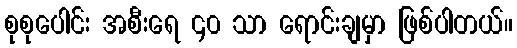
စုစုပေါင်း အစီးရေ ၄၀ သာ ရောင်းချမှာ ဖြစ်ပါတယ်။